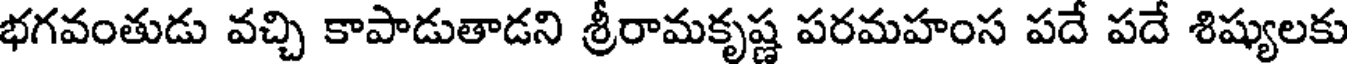
భగవంతుడు వచ్చి కాపాడుతాడని శ్రీరామకృష్ణ పరమహంస పదే పదే శిష్యులకు